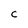
Character: C